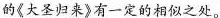
的《大圣归来》有一定的相似之处。